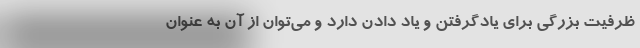
ظرفیت بزرگی برای یادگرفتن و یاد دادن دارد و می‌توان از آن به عنوان